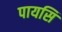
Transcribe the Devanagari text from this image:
पायसि